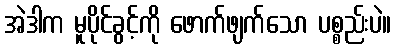
အဲဒါက မူပိုင်ခွင့်ကို ဖောက်ဖျက်သော ပစ္စည်းပဲ။